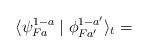
\begin{align*}\langle\psi ^{1-a}_{Fa}\mid\phi ^{1-a'}_{Fa'}\rangle_t=\end{align*}